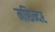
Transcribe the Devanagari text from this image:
मछिन्दर